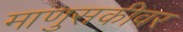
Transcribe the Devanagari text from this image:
माणुसकीवर